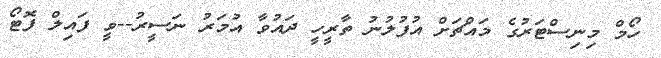
ހޯމް މިނިސްޓަރުގެ މައްޗަށް އުފުލުނު ތާރީހީ ދައުވާ އުމަރު ނަސީރު--ވީ ފައިލް ފޮޓޯ